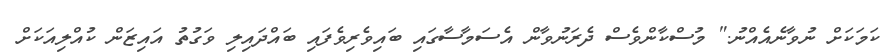
ކަމަކަށް ނުވާނެއެއްނު." މުސްކާންވެސް ދެރަނުވާން އެސަމާސާގައި ބައިވެރިވެފައި ބައްދައިލި ވަގުތު އައިޒަން ކުއްލިއަކަށް